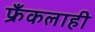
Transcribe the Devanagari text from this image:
फ्रँकलाही